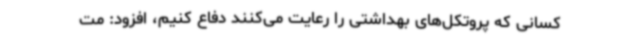
کسانی که پروتکل‌های بهداشتی را رعایت می‌کنند دفاع کنیم، افزود: مت